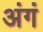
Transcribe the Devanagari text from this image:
अंगं